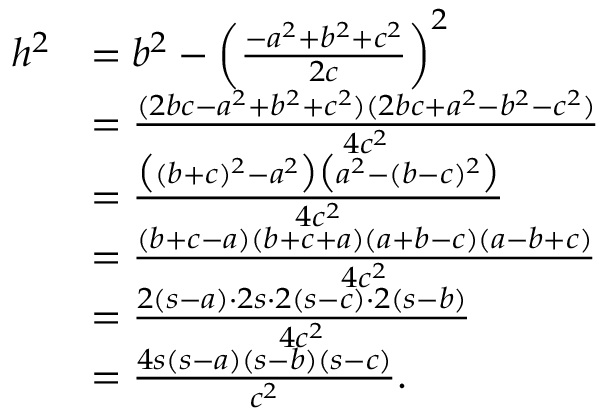
{ \begin{array} { r l } { h ^ { 2 } } & { = b ^ { 2 } - \left( { \frac { - a ^ { 2 } + b ^ { 2 } + c ^ { 2 } } { 2 c } } \right) ^ { 2 } } \\ & { = { \frac { ( 2 b c - a ^ { 2 } + b ^ { 2 } + c ^ { 2 } ) ( 2 b c + a ^ { 2 } - b ^ { 2 } - c ^ { 2 } ) } { 4 c ^ { 2 } } } } \\ & { = { \frac { { \big ( } ( b + c ) ^ { 2 } - a ^ { 2 } { \big ) } { \big ( } a ^ { 2 } - ( b - c ) ^ { 2 } { \big ) } } { 4 c ^ { 2 } } } } \\ & { = { \frac { ( b + c - a ) ( b + c + a ) ( a + b - c ) ( a - b + c ) } { 4 c ^ { 2 } } } } \\ & { = { \frac { 2 ( s - a ) \cdot 2 s \cdot 2 ( s - c ) \cdot 2 ( s - b ) } { 4 c ^ { 2 } } } } \\ & { = { \frac { 4 s ( s - a ) ( s - b ) ( s - c ) } { c ^ { 2 } } } . } \end{array} }